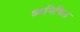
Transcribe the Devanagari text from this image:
ध्वनिफित